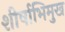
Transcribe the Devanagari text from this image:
शीर्षाभिमुख